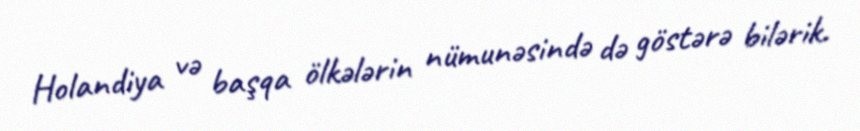
Holandiya və başqa ölkələrin nümunəsində də göstərə bilərik.